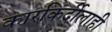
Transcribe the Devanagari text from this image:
कारकिर्दीलाही